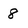
Character: 8